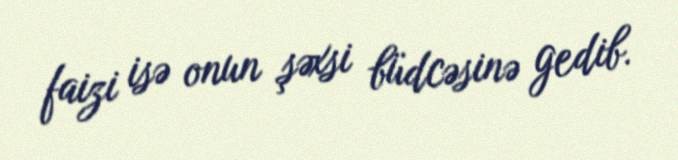
faizi isə onun şəxsi büdcəsinə gedib.